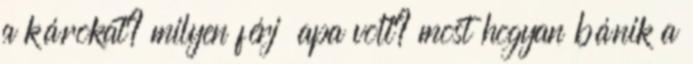
a károkat? milyen férj apa volt? most hogyan bánik a